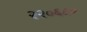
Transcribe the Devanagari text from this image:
२२०६८०